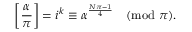
\left[ { \frac { \alpha } { \pi } } \right] = i ^ { k } \equiv \alpha ^ { \frac { N \pi - 1 } { 4 } } { \pmod { \pi } } .